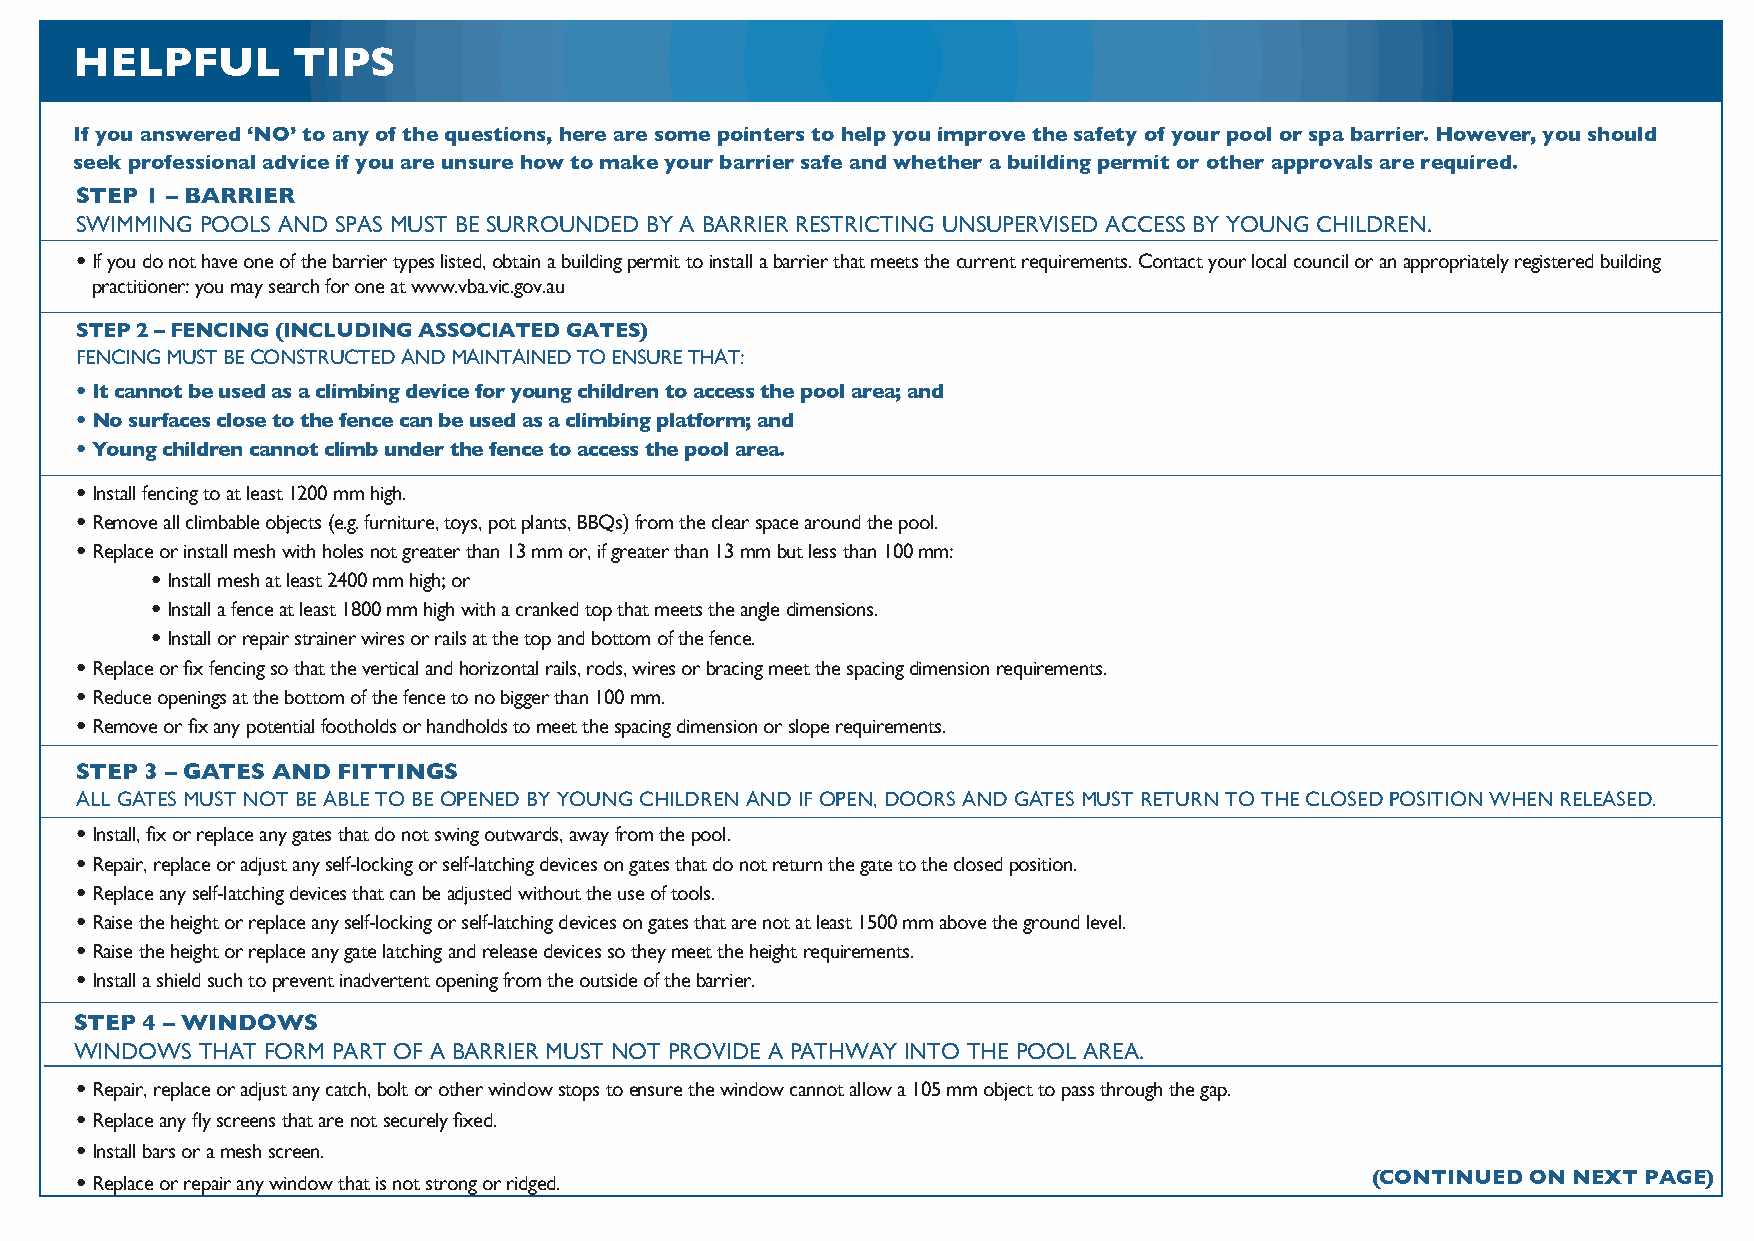
HELPFUL       TIPS
 If you answered ‘NO’ to any of the questions, here are some pointers to help you improve the safety of your pool or spa barrier. However, you should
 seek professional advice if you are unsure how to make your barrier safe and whether a building permit or other approvals are required.
 STEP 1 – BARRIER
 SWIMMING POOLS AND SPAS MUST BE SURROUNDED BY A BARRIER RESTRICTING UNSUPERVISED ACCESS BY YOUNG CHILDREN.
 •If you do not have one of the barrier types listed, obtain a building permit to install a barrier that meets the curre nrtequirements. Contact your local council or an appropriately registered building
 practitioner: you may search for one at www.vba.vic.gov.au
 STEP 2 – FENCING (INCLUDING ASSOCIATED GATES)
 FENCING MUST BE CONSTRUCTED AND MAINTAINED TO ENSURE THAT:
 •It cannot be used as a climbing device for young children to access the pool area; and
 •No surfaces close to the fence can be used as a climbing platform; and
 •Young children cannot climb under the fence to access the pool area.
 •Install fencing to at least 1200 mm high.
 •Remove all climbable objects (e.g. furniture, toys, pot plants ,BBQs) from the clear space around the pool.
 •Replace or install mesh with holes not greater than 13 mm or, if greater than 13 mm but less than 100 mm:
 •Install mesh at least 2400 mm high; or
 •Install a fence at least 1800 mm high with a cranked top that meets the angle dimensions.
 •Install or repair strainer wires or rails at the top and bottom of the fence.
 •Replace or fix fencing so that the vertical and horizontal rails, rods, wires or bracing meet the spacing dimension requirements.
 •Reduce openings at the bottom of the fence to no bigger than 100 mm.
 •Remove or fix any potential footholds or handholds to meet the spacign dimension or slope requirements.
 STEP 3 – GATES AND FITTINGS
 ALL GATES MUST NOT BE ABLE TO BE OPENED BY YOUNG CHILDREN AND IF OPEN, DOORS AND GATES MUST RETURN TO THE CLOSED POSITION WHEN RELEASED.
 •Install, fix or replace any gates that do not swing outwards, away from the pool.
 •Repair, replace or adjust any self-locking or self-latching devices on gates that do not return the gate to the closed position.
 •Replace any self-latching devices that can be adjusted without the use of tools.
 •Raise the height or replace any self-locking or self-latching devices on gates that are not at least 1500 mm above the ground level.
 •Raise the height or replace any gate latching and release devices so they meet the height requirements.
 •Install a shield such to prevent inadvertent opening from the outside of the barrier.
 STEP 4 – WINDOWS
 WINDOWS THAT FORM PART OF A BARRIER MUST NOT PROVIDE A PATHWAY INTO THE POOL AREA.
 •Repair, replace or adjust any catch, bolt or other window stops to ensure the window cannot allow a 105 mm object to pass through the gap.
 •Replace any fly screens that are not securely fixed.
 •Install bars or a mesh screen.
 •Replace or repair any window that is not strong or ridged.                           (CONTINUED ON NEXT PAGE)